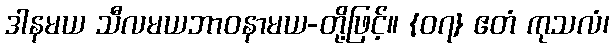
ဒါနမယ သီလမယဘာဝနာမယ-တို့ဖြင့်။ {၀၇} ဧတံ ကုသလံ၊